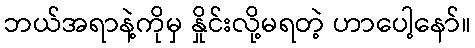
ဘယ်အရာနဲ့ကိုမှ နှိုင်းလို့မရတဲ့ ဟာပေါ့နော်။